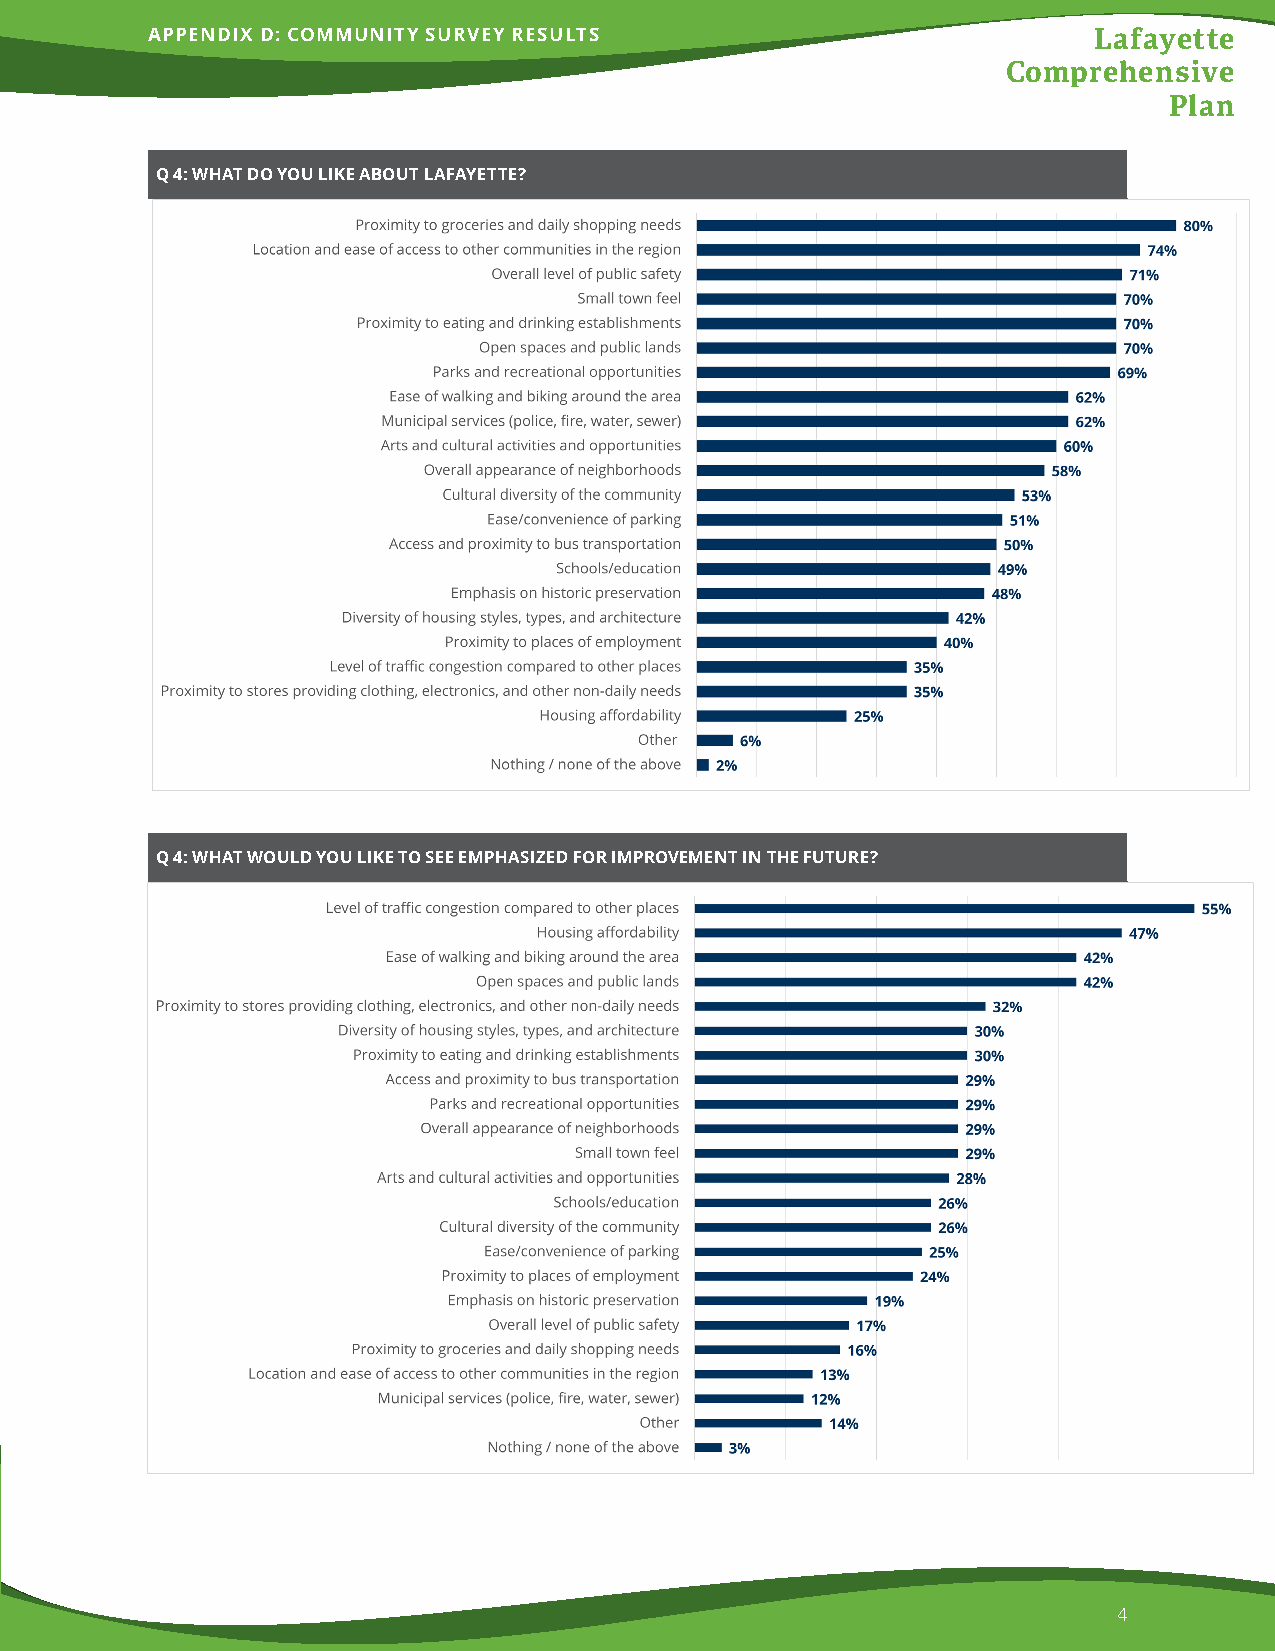
APPENDIX D: COMMUNITY SURVEY RESULTS                          Lafayette
 Comprehensive
 Plan
 Q 4: WHAT DO YOU LIKE ABOUT LAFAYETTE?
 Q 4: WHAT WOULD YOU LIKE TO SEE EMPHASIZED FOR IMPROVEMENT IN THE FUTURE?
 4